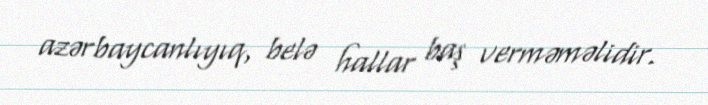
azərbaycanlıyıq, belə hallar baş verməməlidir.